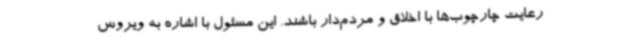
رعایت چارچوب‌ها با اخلاق و مردم‌دار باشند. این مسئول با اشاره به ویروس